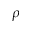
\rho